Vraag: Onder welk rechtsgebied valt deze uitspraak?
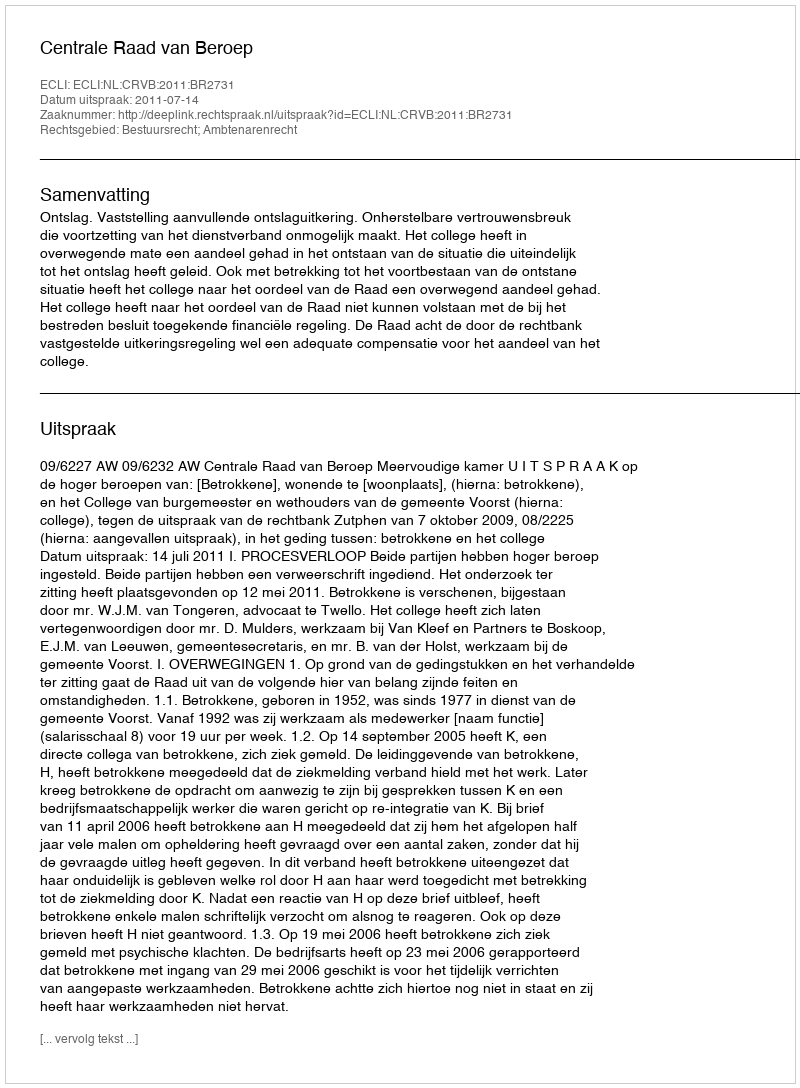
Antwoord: Bestuursrecht; Ambtenarenrecht